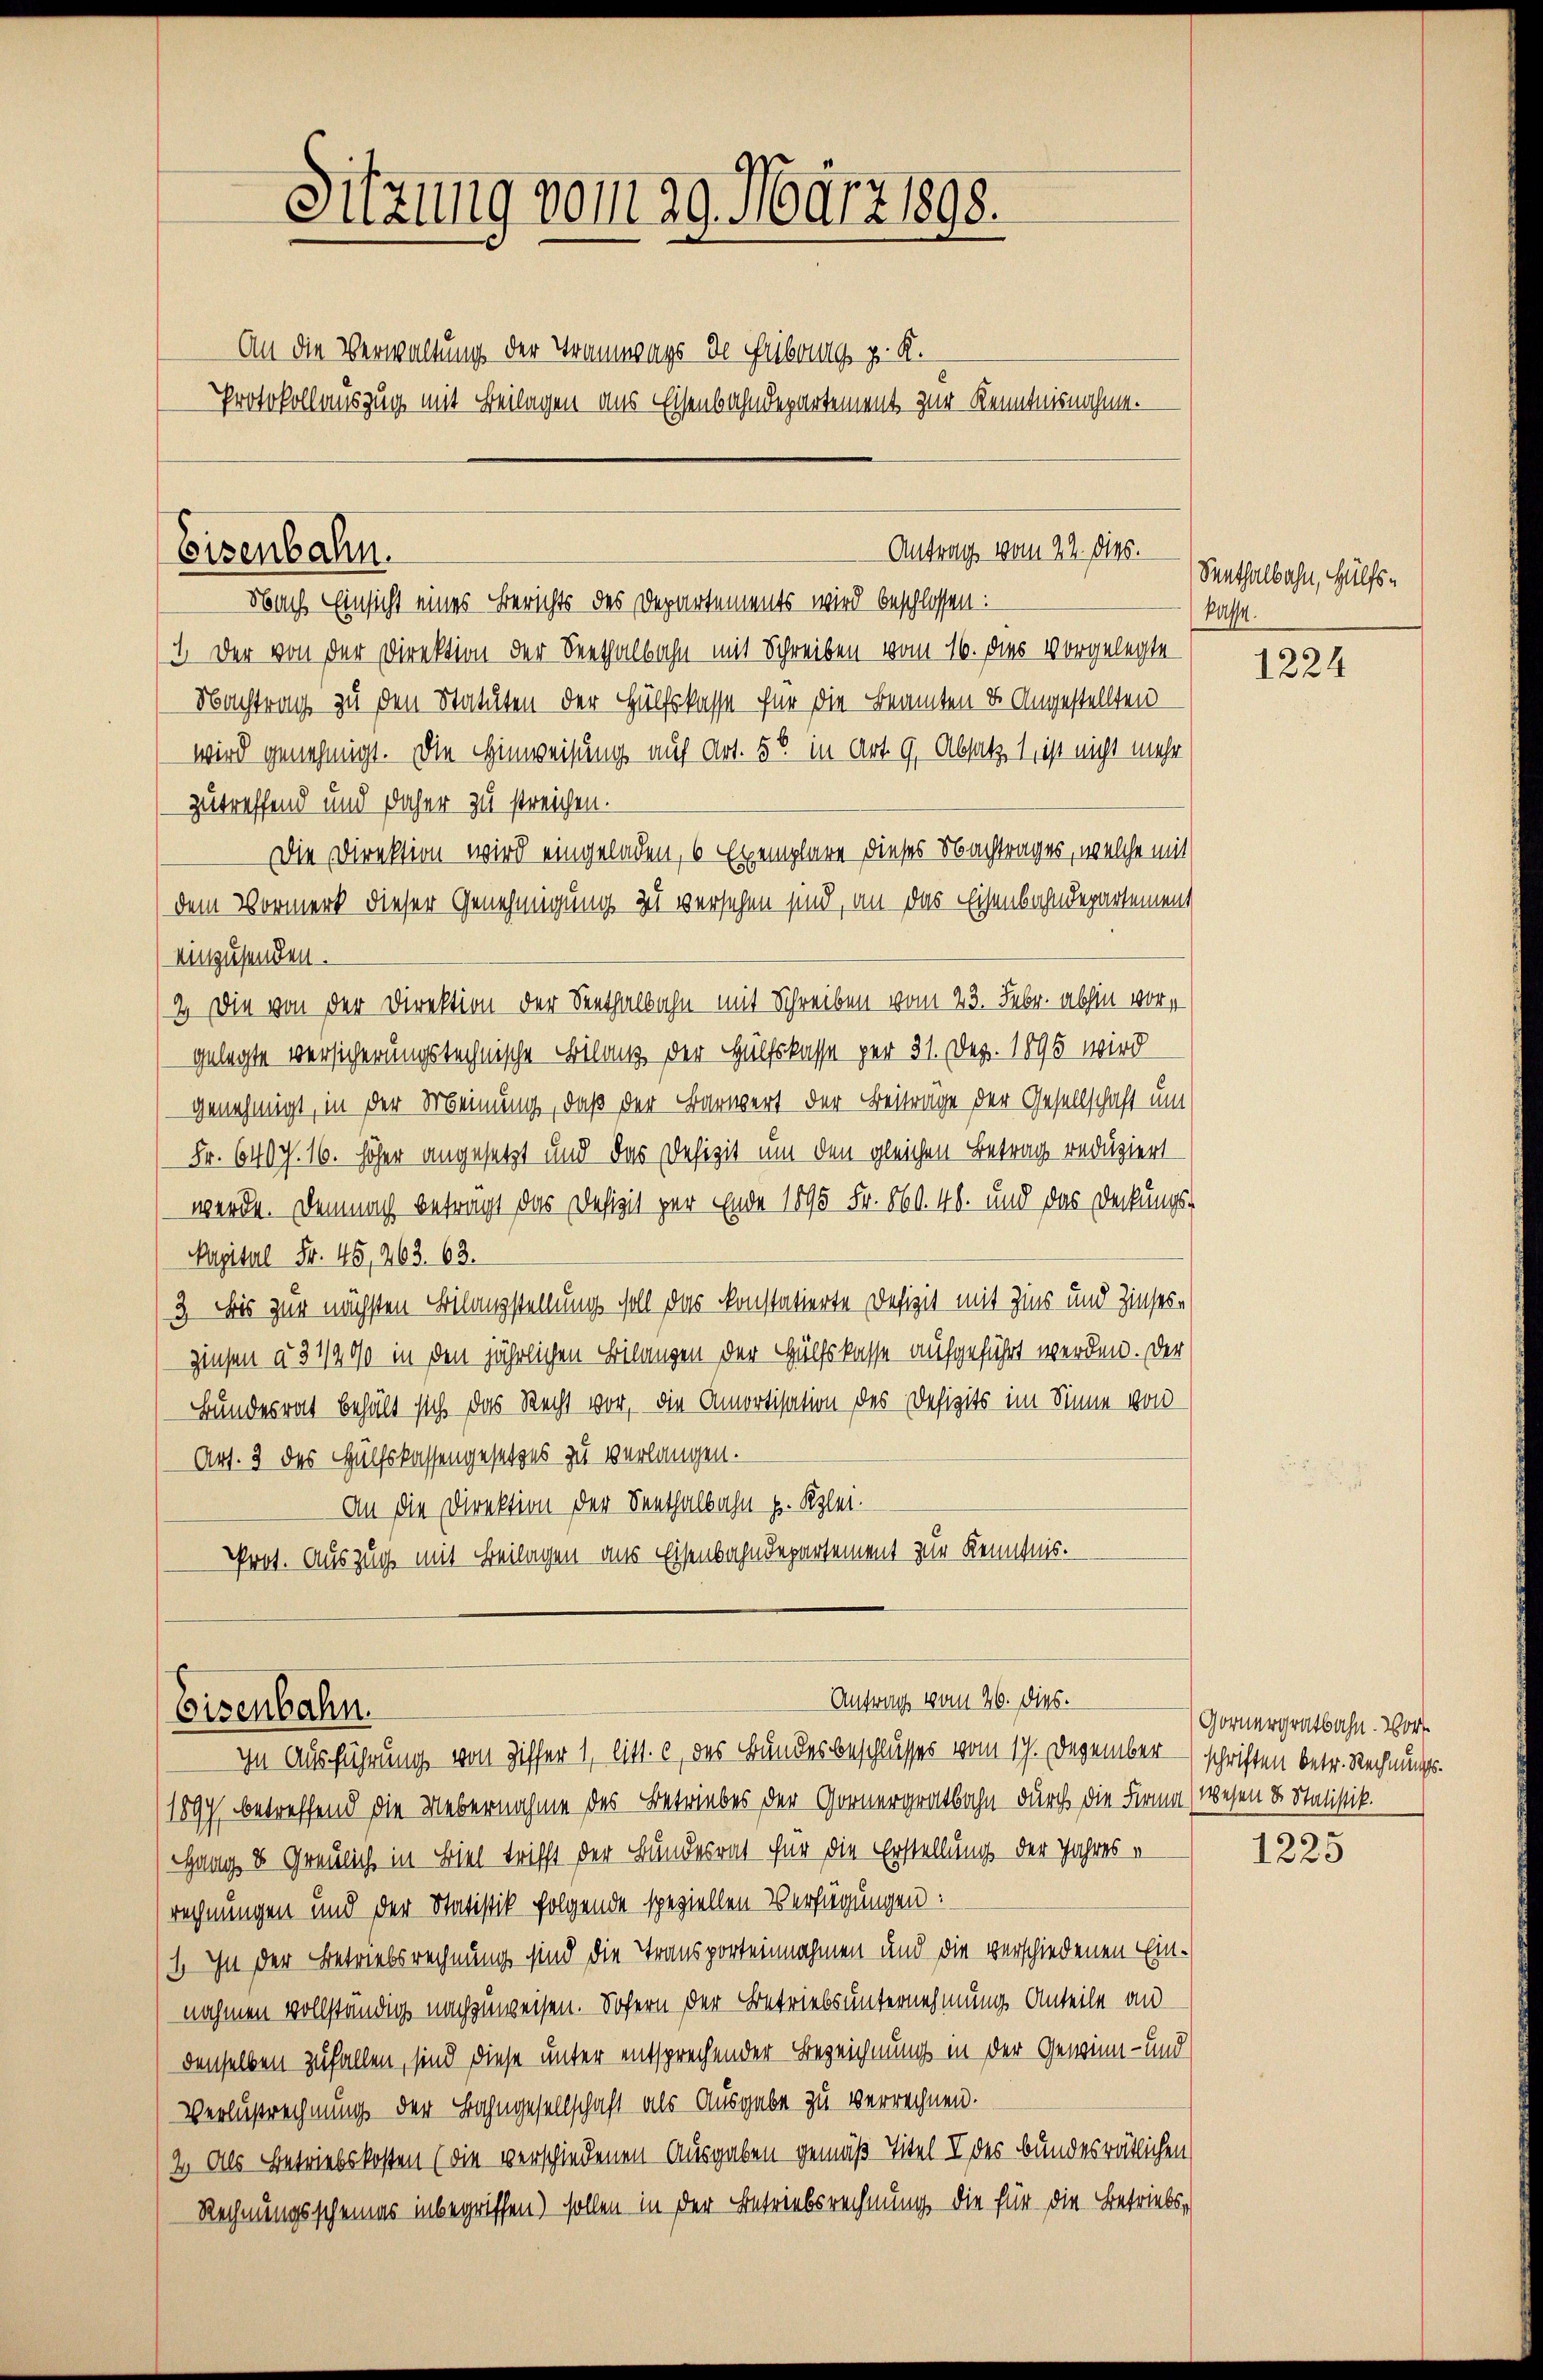
Sitzung vom 29. März 1898.
An die Verwaltung der Traunwags de Friborg v. K.
Protokollauszug mit Beilagen aus Eisenbahndepartement zur Kenntnisnahme.

Eisenbahn.

Nach Einsicht eines Berichts des Departements wird beschlossen:
I Der von der Direktion der Seethalbahn mit Schreiben vom 16. dies vorgelegte
Nachtrag zu den Statuten der Hülfskasse für die Beamten & Angestellten
wird genehmigt. Die Hinweisung auf Art. 55 in Art. 9, Absatz 1 ist nicht mehr
zutreffend und daher zu streichen.
Die Direktion wird eingeladen, 6 Exemplare dieses Nachtrages, welche mit
dem Vormerk dieser Genehmigung zu versehen sind, an das Eisenbahndepartement
einzusenden.
2 Die von der Direktion der Seethalbahn mit Schreiben vom 23. Febr. abhin vorgelegte versicherungstechnische Bilanz der Hülfskasse per 31. Dez. 1895 wird
genehmigt, in der Meinung, daß der Barwert der Beiträge der Gesellschaft und
Fr. 640 f. 16. höher angesetzt und das Defizit um den gleichen Betrag reduziert
werde. Demnach betragt das Defizit zur Ende 1895 Fr. 560. 48. und das Deckungs-
apital Fr. 45, 263. 62.
3 Bis zur nächsten Bilanzstellung soll das konstatierte Defizit mit Zins und Zinseszinsen à 3 1/00 in den jährlichen Bilanzen der Hülfskasse aufgeführt werden. Der
Bundesrat behält sich das Recht vor, die Amortisation des Defizits im Sinne von
Art. 3 des Hülfskassengesetzes zu verlangen.
An die Direktion der Senthalbahn u. Klei¬
Prot. Auszug mit Beilagen aus Eisenbahndepartement zur Kenntnis.

Antrag vom 22. dies.

Antrag vom 26. dies.
Eisenbahn.
In Ausführung von Ziffer 1, litt. c, des Bundesbeschlusses vom 17. Dezember schriften betr. Rechnungs-

1897 betreffend die Uebernahme des Betriebes der Gornergratbahn durch die Firma (wesen u. Statistik.
Gang 8 Greulich in Biel trifft der Bundesrat für die Erstellung der Jahres e
rechnungen und der Statistik folgende speziellen Verfügungen:
(1. In der Betriebsrechnung sind die Transporteinnahmen und die verschiedenen Einnahmen vollständig nachzuweisen. Sofern der Betriebsunternehmung Anteile an
denselben zufallen, sind diese unter entsprechender Bezeichnung in der Gewinn- und
Verlustrechnung der Bahngesellschaft als Ausgabe zu verrechnen.
2) Als Betriebskosten (die verschiedenen Ausgaben gemäß Titel I des bundesrätlichen
Rechnungsscheines inbegriffen) sollen in der Betriebsrechnung, die für die Betriebs¬

Senthalbahn, Hülfskasse.

1224

Gornergratbahn. Vor¬

1225